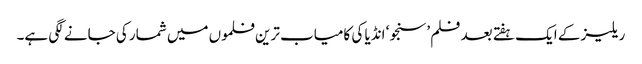
ریلیز کے ایک ہفتے بعد فلم ’سنجو‘ انڈیا کی کامیاب ترین فلموں میں شمار کی جانے لگی ہے۔